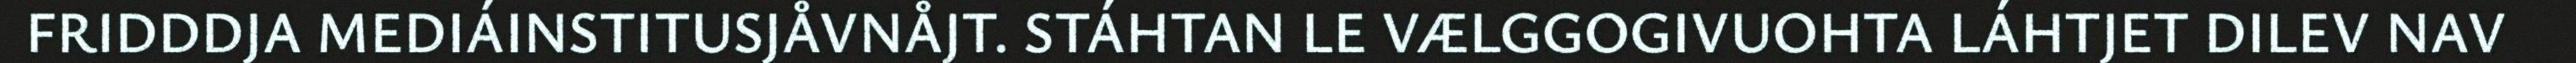
FRIDDDJA MEDIÁINSTITUSJÅVNÅJT. STÁHTAN LE VÆLGGOGIVUOHTA LÁHTJET DILEV NAV